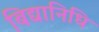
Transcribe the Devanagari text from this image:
बिद्यानिधि